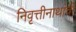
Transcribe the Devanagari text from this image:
निवृत्तीनाथांची